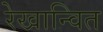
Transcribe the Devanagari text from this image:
रेखान्वित